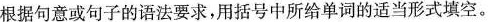
根据句意或句子的语法要求，用括号中所给单词的适当形式填空。